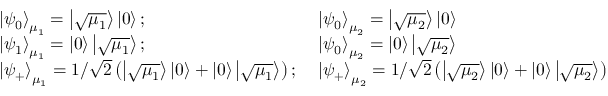
\begin{array} { l l } { \left| \psi _ { 0 } \right\rangle _ { \mu _ { 1 } } = \left| \sqrt { \mu _ { 1 } } \right\rangle \left| 0 \right\rangle ; \; } & { \left| \psi _ { 0 } \right\rangle _ { \mu _ { 2 } } = \left| \sqrt { \mu _ { 2 } } \right\rangle \left| 0 \right\rangle } \\ { \left| \psi _ { 1 } \right\rangle _ { \mu _ { 1 } } = \left| 0 \right\rangle \left| \sqrt { \mu _ { 1 } } \right\rangle ; \; } & { \left| \psi _ { 0 } \right\rangle _ { \mu _ { 2 } } = \left| 0 \right\rangle \left| \sqrt { \mu _ { 2 } } \right\rangle } \\ { \left| \psi _ { + } \right\rangle _ { \mu _ { 1 } } = 1 / \sqrt { 2 } \left( \left| \sqrt { \mu _ { 1 } } \right\rangle \left| 0 \right\rangle + \left| 0 \right\rangle \left| \sqrt { \mu _ { 1 } } \right\rangle \right) ; \; } & { \left| \psi _ { + } \right\rangle _ { \mu _ { 2 } } = 1 / \sqrt { 2 } \left( \left| \sqrt { \mu _ { 2 } } \right\rangle \left| 0 \right\rangle + \left| 0 \right\rangle \left| \sqrt { \mu _ { 2 } } \right\rangle \right) } \end{array}